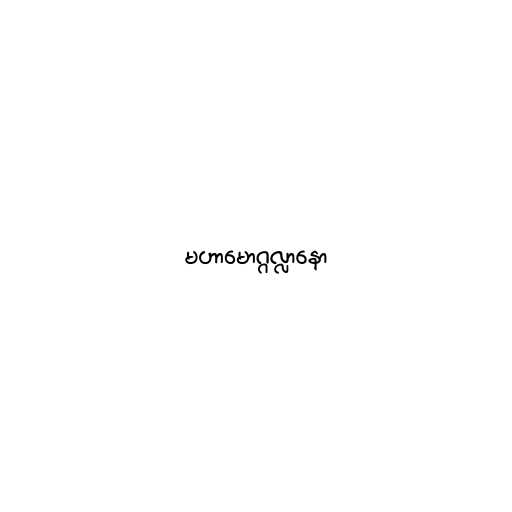
မဟာမောဂ္ဂလ္လာနော